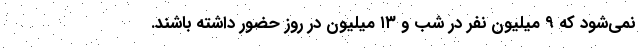
نمی‌شود که ۹ میلیون نفر در شب و ۱۳ میلیون در روز حضور داشته باشند.